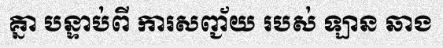
គ្នា បន្ទាប់ពី ការសញ្ជ័យ របស់ ឡាន ឆាង